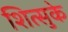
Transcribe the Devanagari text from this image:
शित्सुके